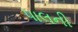
પાલની